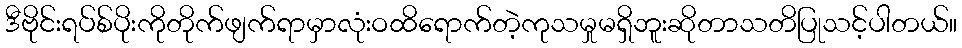
ဒီဗိုင်းရပ်စ်ပိုးကိုတိုက်ဖျက်ရာမှာလုံးဝထိရောက်တဲ့ကုသမှုမရှိဘူးဆိုတာသတိပြုသင့်ပါတယ်။